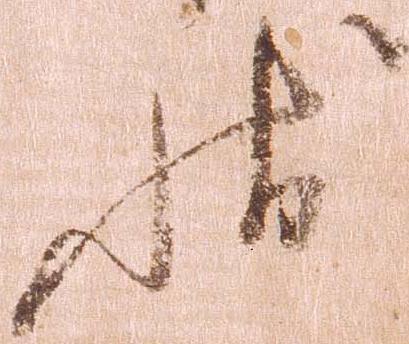
状